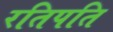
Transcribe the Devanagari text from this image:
रतिपति